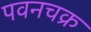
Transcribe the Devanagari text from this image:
पवनचक्र